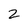
Character: 2